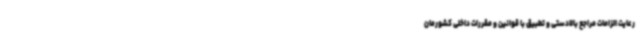
رعایت الزامات مراجع بالادستی و تطبیق با قوانین و مقررات داخلی کشورمان